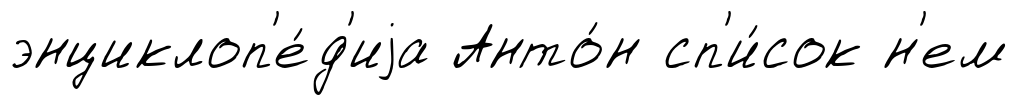
энциклоп'е́д'иjа Анто́н сп'и́сок н'ем